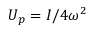
U _ { p } = { I } / 4 \omega ^ { 2 }